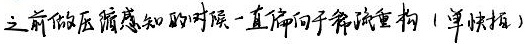
之前做压缩感知的对联一直偏向于稀疏重构（单快拍）